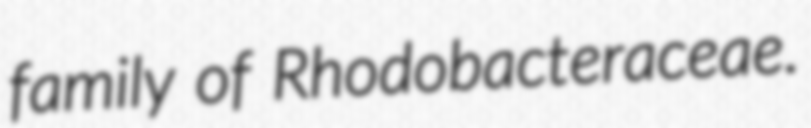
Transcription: family of Rhodobacteraceae.